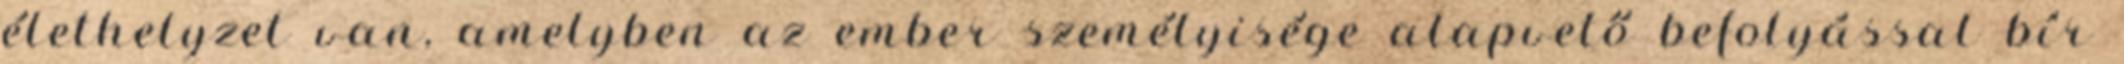
élethelyzet van, amelyben az ember személyisége alapvető befolyással bír